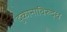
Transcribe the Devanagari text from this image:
दुकानाविरुद्ध